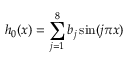
h _ { 0 } ( x ) = \sum _ { j = 1 } ^ { 8 } b _ { j } \sin ( j \pi x )